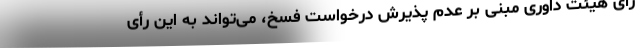
رأی هیئت داوری مبنی بر عدم پذیرش درخواست فسخ، می‌تواند به این رأی